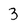
Character: 3